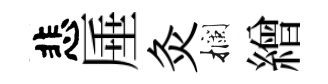
悲厜灸攔繒